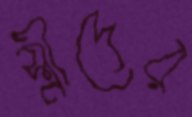
স্ত্রীদের